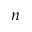
n